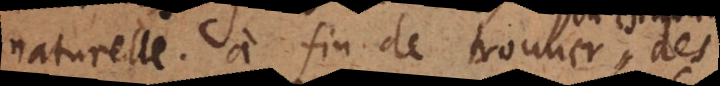
urelle, à fin de trouver des